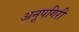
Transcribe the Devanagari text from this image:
अनूपगिरी